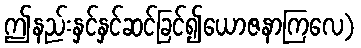
ဤနည်းနှင်နှင်ဆင်ခြင်၍ယောဇနာကြလေ)